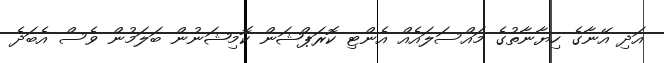
އަދި އޭނާގެ ހިޔާނާތުގެ މައްސަލައެއް އެންޓި ކޮރަޕްޝަން ކޮމިޝަނުން ބަލަމުން ވެސް އެބަދެ